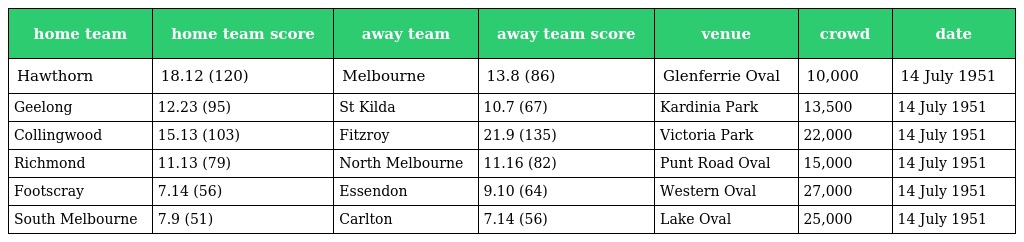
| home team | home team score | away team | away team score | venue | crowd | date |
 | --- | --- | --- | --- | --- | --- | --- |
 | Hawthorn | 18.12 (120) | Melbourne | 13.8 (86) | Glenferrie Oval | 10,000 | 14 July 1951 |
 | Geelong | 12.23 (95) | St Kilda | 10.7 (67) | Kardinia Park | 13,500 | 14 July 1951 |
 | Collingwood | 15.13 (103) | Fitzroy | 21.9 (135) | Victoria Park | 22,000 | 14 July 1951 |
 | Richmond | 11.13 (79) | North Melbourne | 11.16 (82) | Punt Road Oval | 15,000 | 14 July 1951 |
 | Footscray | 7.14 (56) | Essendon | 9.10 (64) | Western Oval | 27,000 | 14 July 1951 |
 | South Melbourne | 7.9 (51) | Carlton | 7.14 (56) | Lake Oval | 25,000 | 14 July 1951 |